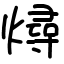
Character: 燖